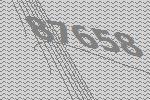
87658